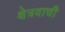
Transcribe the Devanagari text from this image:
क्षेत्रवाची